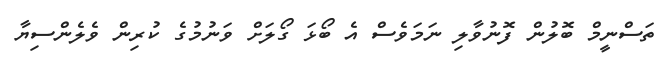
ތަސްނީމް ބޮލުން ފޮނުވާލި ނަމަވެސް އެ ބޯޅަ ގޯލަށް ވަނުމުގެ ކުރިން ވެލެންސިޔާ